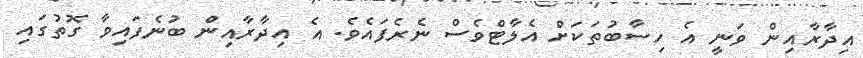
އިދާރާއިން ވަނީ އެ ހިސާބުތަކަށް އެލާޓްވެސް ނެރެފައެވެ. އެ އިދާރާއިން ބުނެފައިވާ ގޮތުގައި